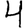
Digit: 4